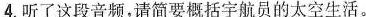
4.听了这段音频，请简要概括宇航员的太空生活。